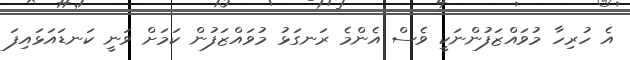
އެ ހުރިހާ މުވައްޒަފުންނަކީ ވެސް އެންމެ ރަނގަޅު މުވައްޒަފުން ކަމަށް ވަނީ ކަނޑައަޅައިފަ